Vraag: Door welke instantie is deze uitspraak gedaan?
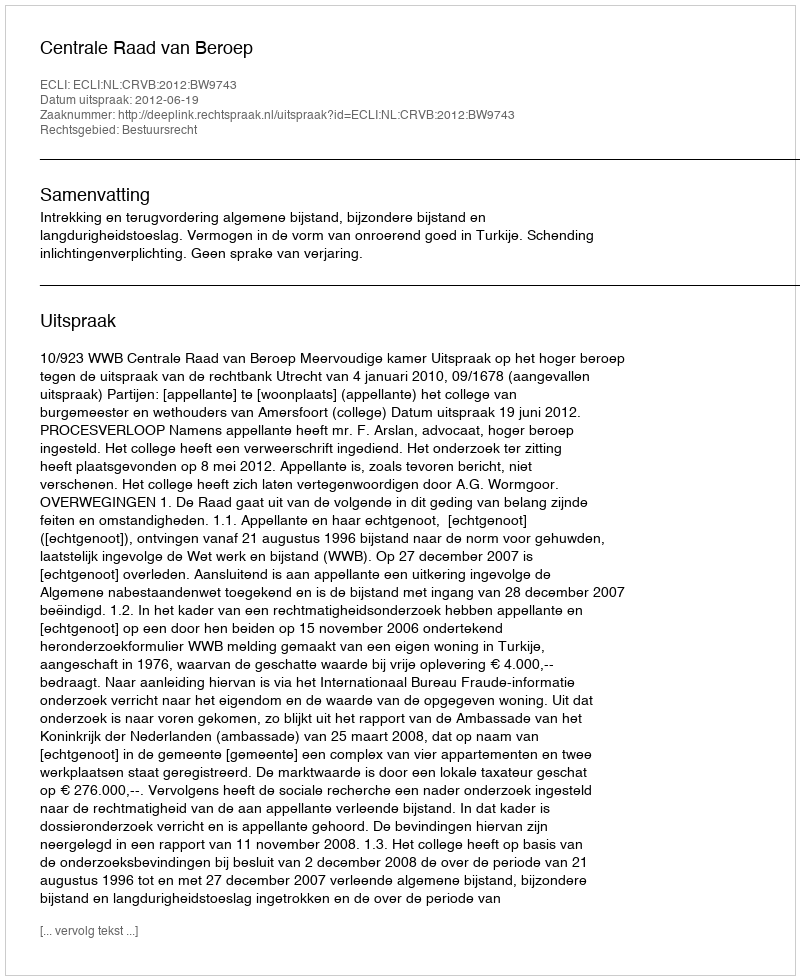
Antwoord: Centrale Raad van Beroep